Report on vaccination proceedings throughout the Government of Bengal -
Year: 1868
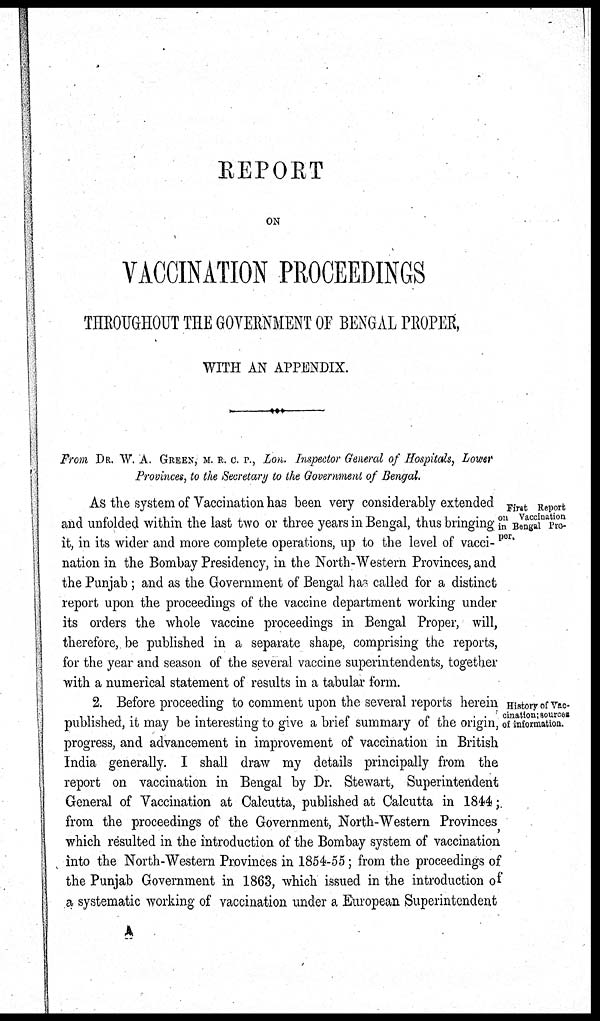
REPORT
ON
VACCINATION PROCEEDINGS
THROUGHOUT THE GOVERNMENT OF BENGAL PROPER,
WITH AN APPENDIX.
From DR. W. A. GREEN, M. R. C. P., Lon. Inspector General of Hospitals, Lower
Provinces, to the Secretary to the Government of Bengal.
First Report
on Vaccination
in Bengal Pro-
per.
As the system of Vaccination has been very considerably extended
and unfolded within the last two or three years in Bengal, thus bringing
it, in its wider and more complete operations, up to the level of vacci-
nation in the Bombay Presidency, in the North-Western Provinces, and
the Punjab; and as the Government of Bengal has called for a distinct
report upon the proceedings of the vaccine department working under
its orders the whole vaccine proceedings in Bengal Proper, will,
therefore, be published in a separate shape, comprising the reports,
for the year and season of the several vaccine superintendents, together
with a numerical statement of results in a tabular form.
History of Vac-
cination, sources
of information.
2. Before proceeding to comment upon the several reports herein
published, it may be interesting to give a brief summary of the origin,
progress, and advancement in improvement of vaccination in British
India generally. I shall draw my details principally from the
report on vaccination in Bengal by Dr. Stewart, Superintendent
General of Vaccination at Calcutta, published at Calcutta in 1844;
from the proceedings of the Government, North-Western Provinces
which resulted in the introduction of the Bombay system of vaccination
into the North-Western Provinces in 1854-55; from the proceedings of
the Punjab Government in 1863, which issued in the introduction of
a systematic working of vaccination under a European Superintendent
A